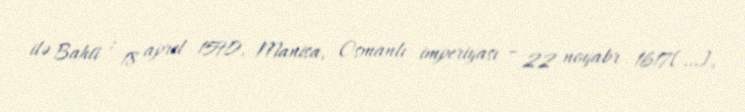
ilə Bahtî ; 18 aprel 1590, Manisa, Osmanlı imperiyası – 22 noyabr 1617[…],